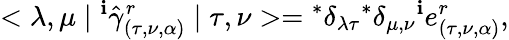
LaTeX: <\lambda,\mu\mid{}^{\mathbf{i}}{\hat{{\gamma}}}_{(\tau,\nu,\alpha)}^{r}\mid\tau,\nu>={}^{*}\delta_{\lambda\tau}{}^{*}\delta_{\mu,\nu}{}^{\mathbf{i}}e_{(\tau,\nu,\alpha)}^{r},